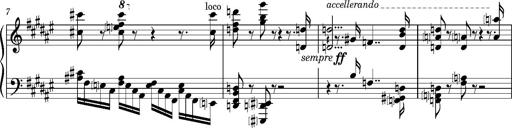
Title: Preludio â€” Allegro maestoso
Composer: Franz Liszt
Key: F-sharp major